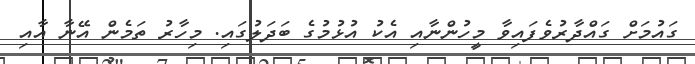
ގައުމަށް ގައްދާރުވެފައިވާ މީހުންނާއި އެކު އުޅުމުގެ ބަދަލުގައި. މިހާރު ތަމެން އޭނާ އާއި